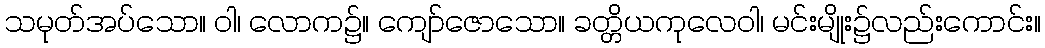
သမုတ်အပ်သော။ ဝါ၊ လောက၌။ ကျော်ဇောသော။ ခတ္တိယကုလေဝါ၊ မင်းမျိုး၌လည်းကောင်း။